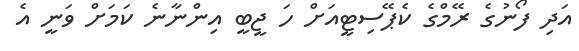
އަދި ފޯނުގެ ރޭމްގެ ކެޕޭސިޓީއަށް ހަ ޖީބީ އިންނާނެ ކަމަށް ވަނީ އެ